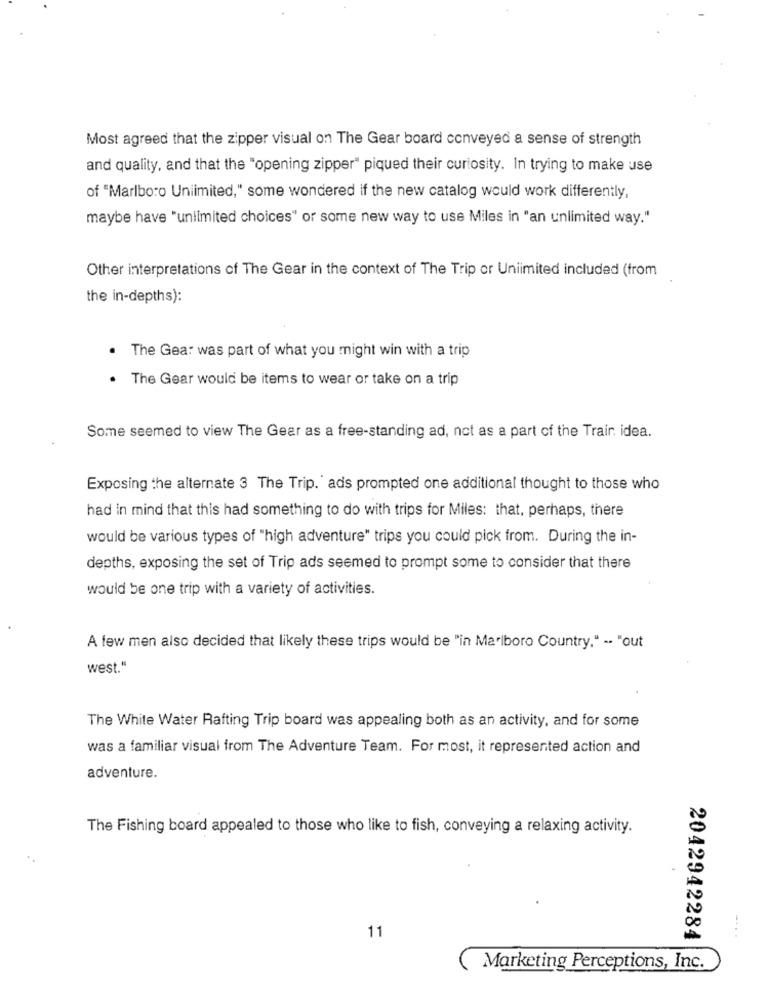
Most agreed that the zipper visual on The Gear board conveyed a sense of strength
and quality, and that the "opening zipper" piqued their curiosity. In trying to make use
of "Marlboro Unlimited," some wondered if the new catalog would work differently,
maybe have "unlimited choices" or some new way to use Miles in "an unlimited way."
Other interpretations of The Gear in the context of The Trip or Unlimited included (from
the in-depths):
The Gea: was part of what you might win with a trip
The Gear would be items to wear or take on a trip
Some seemed to view The Gear as a free-standing ad, not as a part of the Train idea.
Exposing the alternate 3 The Trip. ads prompted one additional thought to those who
had in mind that this had something to do with trips for Miles: that, perhaps, there
would be various types of "high adventure" trips you could pick from. During the in-
depths, exposing the set of Trip ads seemed to prompt some to consider that there
would be one trip with a variety of activities.
A few men also decided that likely these trips would be "in Marlboro Country." -. "out
west."
The White Water Rafting Trip board was appealing both as an activity, and for some
was a familiar visual from The Adventure Team. For most, it represented action and
adventure.
The Fishing board appealed to those who like to fish, conveying a relaxing activity.
11
2042942284
....
Marketing Perceptions, Inc.